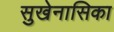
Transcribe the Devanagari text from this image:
सुखेनासिका